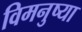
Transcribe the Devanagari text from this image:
विमनुष्या